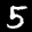
Label: 5